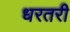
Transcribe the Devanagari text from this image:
धरतरी